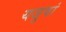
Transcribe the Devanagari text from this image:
यजुषां